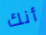
أنك